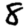
Digit: 8